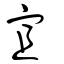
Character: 𠣨